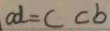
c d = ( c b